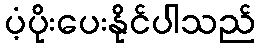
ပံ့ပိုးပေးနိုင်ပါသည်